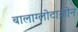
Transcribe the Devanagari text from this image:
बालाग्लोटाज़ोन